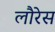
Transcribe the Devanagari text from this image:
लौरेस